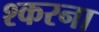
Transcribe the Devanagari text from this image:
श्करना